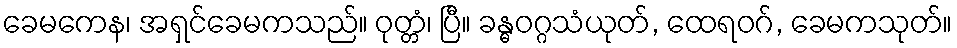
ခေမကေန၊ အရှင်ခေမကသည်။ ဝုတ္တံ၊ ပြီ။ ခန္ဓဝဂ္ဂသံယုတ်, ထေရဝဂ်, ခေမကသုတ်။